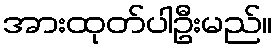
အားထုတ်ပါဦးမည်။